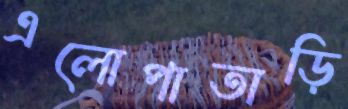
এলোপাতাড়ি